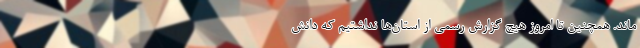
‌ماند. همچنین تا امروز هیچ گزارش رسمی از استان‌ها نداشتیم که دانش